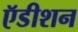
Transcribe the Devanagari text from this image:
ऍडीशन